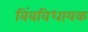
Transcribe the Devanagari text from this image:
बिंबविधायक